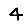
Digit: 4